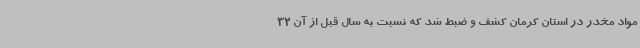
مواد مخدر در استان کرمان کشف و ضبط شد که نسبت به سال قبل از آن 32